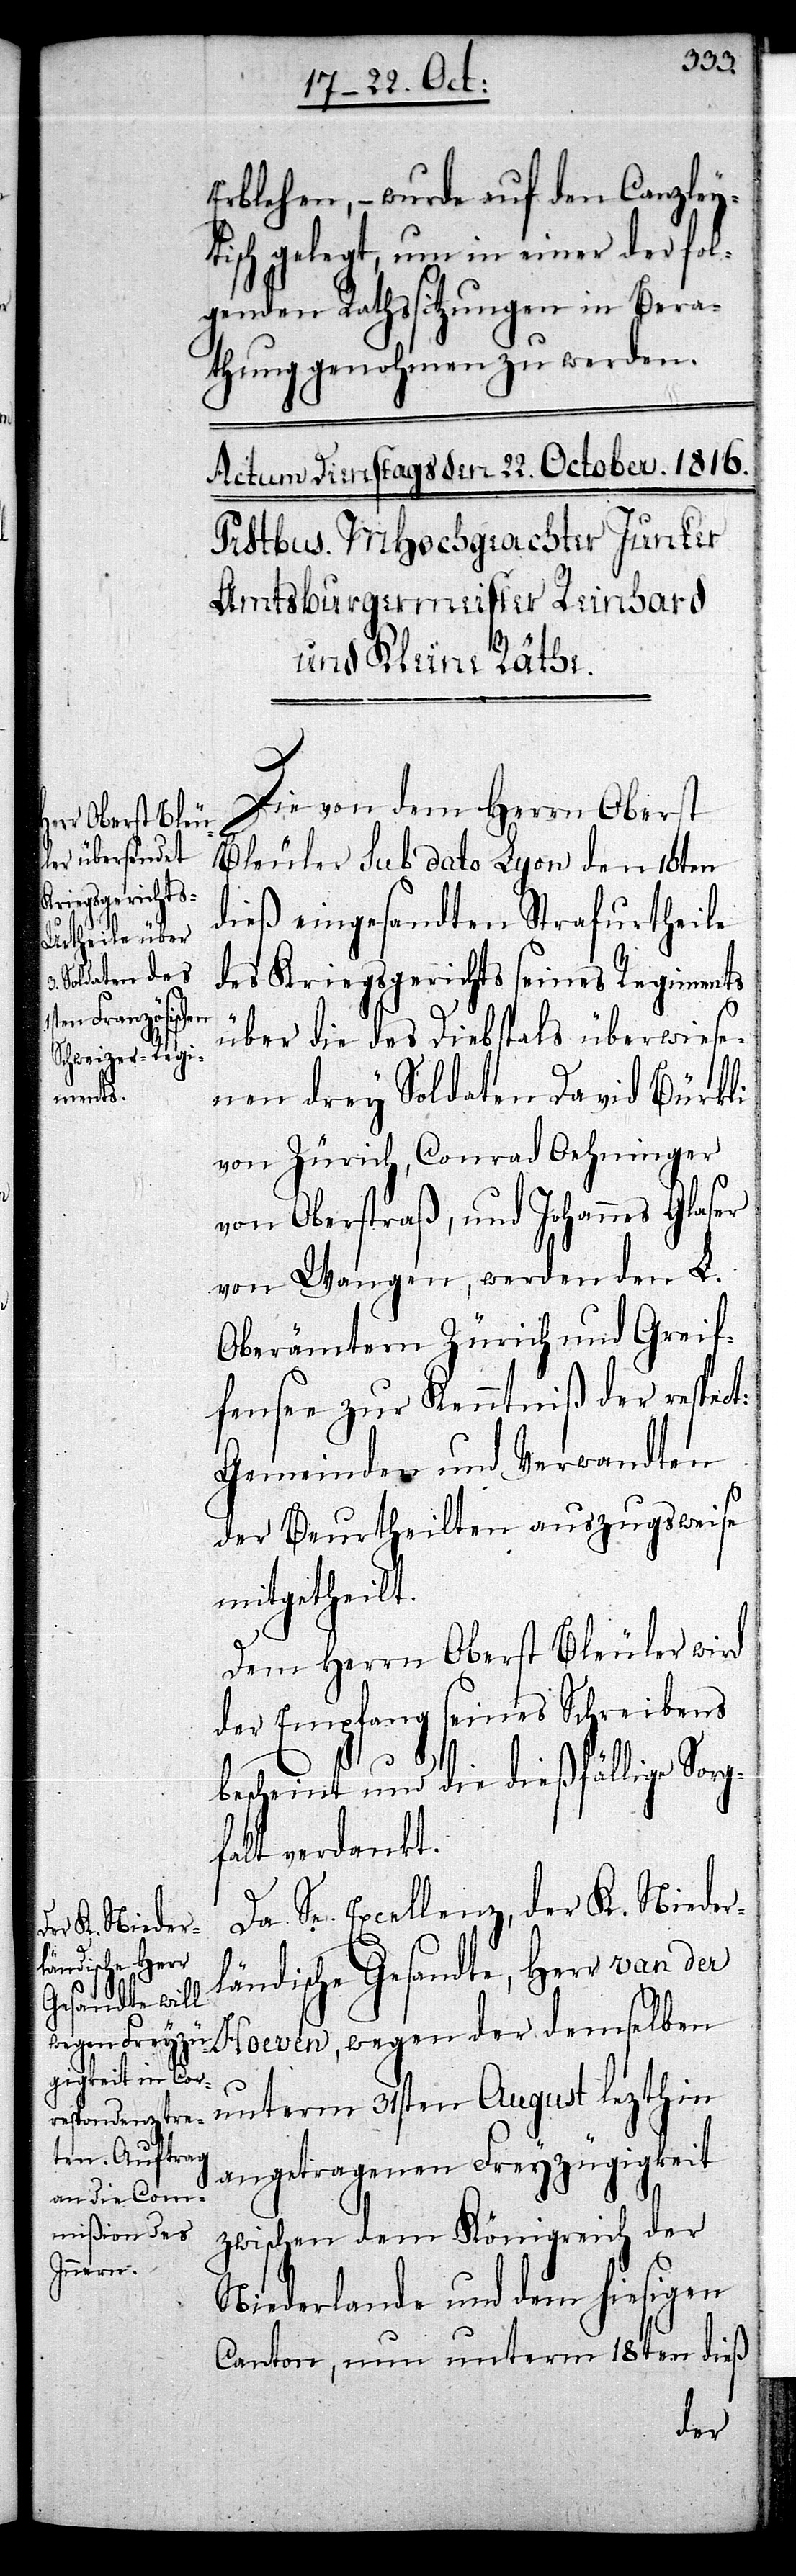
Erblehen, – wurde auf den Canzley¬
tisch gelegt, um in einer der fol¬
genden Rathssitzungen in Bera¬
thung genohmen zu werden.
Die von dem Herrn Oberst
Bleuler sub dato Lyon den 10ten
dieß eingesandten Strafurtheile
des Kriegsgerichts seines Regiments
über die des Diebstahls überwiese¬
nen drey Soldaten David Bürkli
von Zürich, Conrad Oehninger
von Oberstraß, und Johannes Glaser
von Wangen, werden den L.
Oberämtern Zürich und Greif¬
fensee zur Kenntniß der respect:
Gemeinden und Verwandten
der Beurtheilten auszugsweise
mitgetheilt.
Dem Herrn Oberst Bleuler wird
der Empfang seines Schreibens
bescheint und die dießfällige Sorg¬
falt verdankt.
Da Se. Exellenz, der K. Nieder¬
ländische Gesandte, Herr van der
Hoeven, wegen der demselben
unterm 31sten August lezthin
angetragenen Freyzügigkeit
zwischen dem Königreich der
Niederlande und dem hiesigen
Canton, nun unterm 18ten dieß